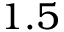
1 . 5